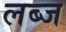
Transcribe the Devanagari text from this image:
लब्ज